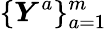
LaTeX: \{ \boldsymbol{Y}^{a}\} _{a=1}^{m}